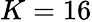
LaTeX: K=16